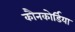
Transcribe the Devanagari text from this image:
कौनकोर्डिया